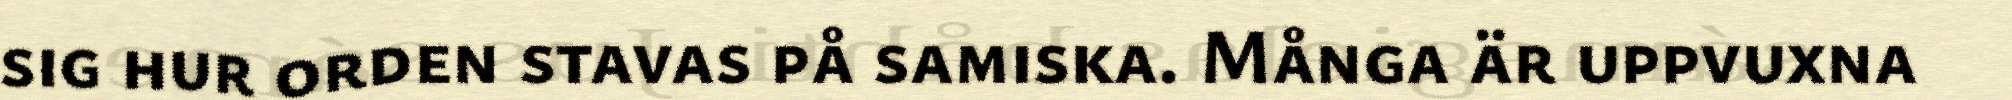
sig hur orden stavas på samiska. Många är uppvuxna